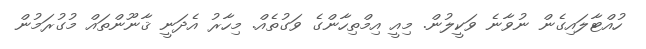
ހުއްޓާލައިގެން ނުވާނެ ވަކީލުން. މިއީ އިމްތިހާންގެ ވަގުތެއް. މިހާރު އެދަނީ ޤާނޫންތައް މުގުރަމުން